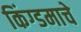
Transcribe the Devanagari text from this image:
किंग्डमाचे